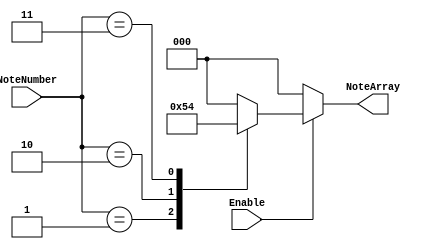
`timescale 1ns / 1ps
//Map a note number to an array of keys
module NoteMap(NoteNumber, Enable, NoteArray);
input Enable; // Logic 1 to enable this module
input [3:0] NoteNumber; 
output reg [2:0] NoteArray;	//three notes
parameter NoteC=3'b001, NoteD=3'b010, NoteE=3'b100;

always@(NoteNumber or Enable)
	if (Enable==1) 
		case(NoteNumber)
			1: NoteArray<=NoteC;
			2: NoteArray<=NoteD;
			3: NoteArray<=NoteE;
			default: NoteArray<=3'b000;
		endcase
	else NoteArray<=3'b000;
	

endmodule